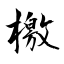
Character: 檄